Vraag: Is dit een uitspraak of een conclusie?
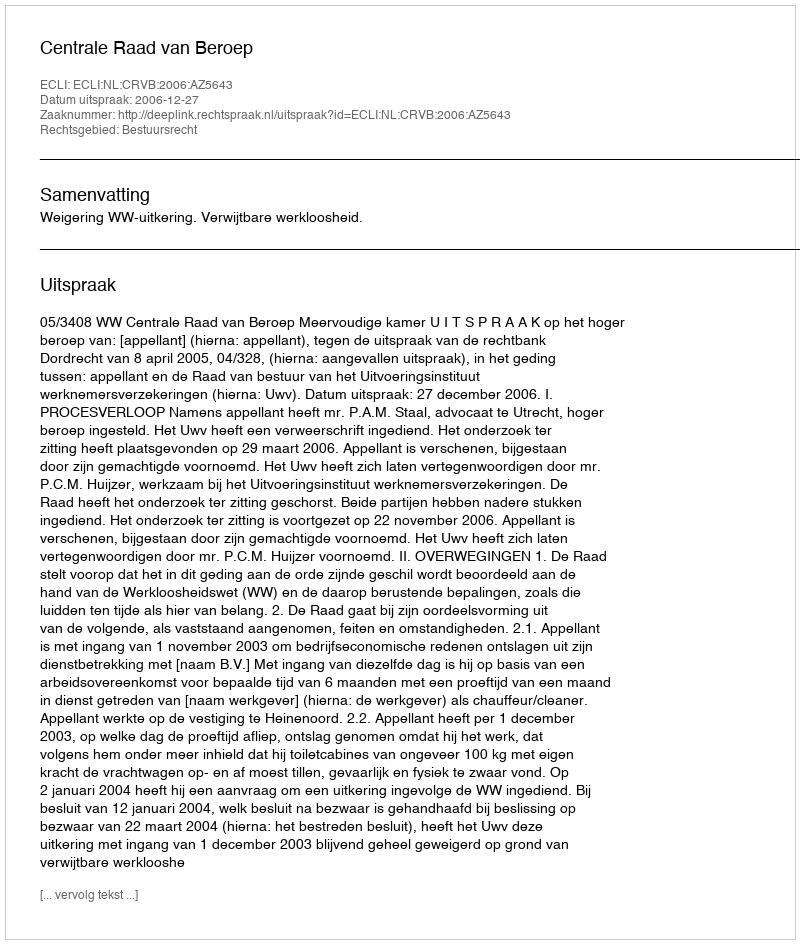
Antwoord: Uitspraak